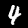
Digit: 4